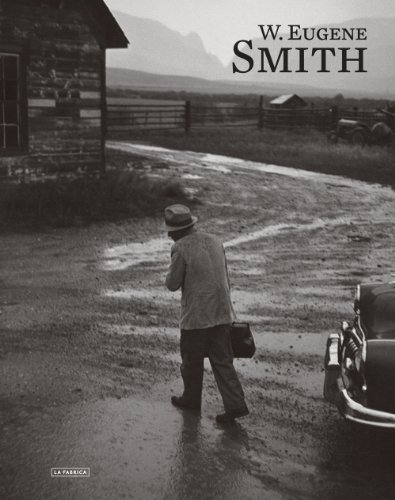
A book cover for W. Eugene Smith; Arts & Photography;